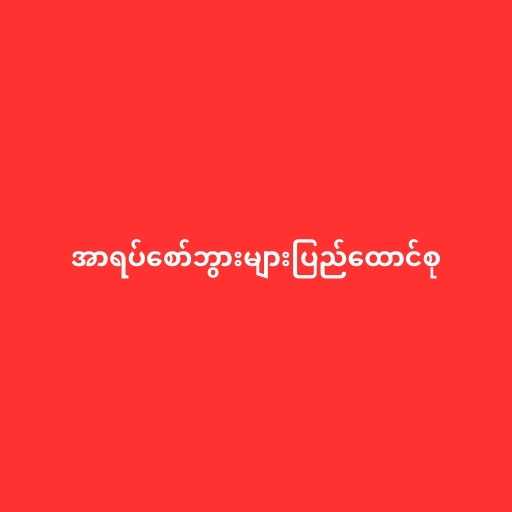
အာရပ်စော်ဘွားများပြည်ထောင်စု